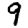
Digit: 9